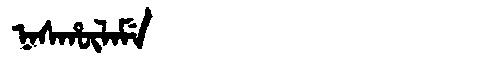
Manchu: ᠨᠠᠰᡥᡡᠯᠠᠮᡝ
Romanization: NASHŪLAME